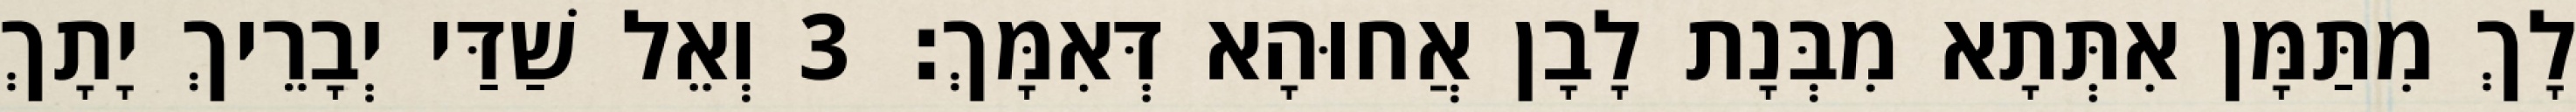
לָךְ מִתַּמָּן אִתְּתָא מִבְּנָת לָבָן אֲחוּהָא דְּאִמָּךְ׃ 3 וְאֵל שַׁדַּי יְבָרֵיךְ יָתָךְ